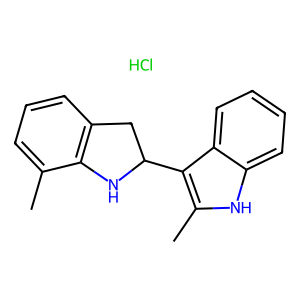
SMILES: Cc1cccc2c1NC(c1c(C)[nH]c3ccccc13)C2.Cl
Inhibits HIV replication: No